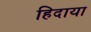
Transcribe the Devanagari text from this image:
हिदाया